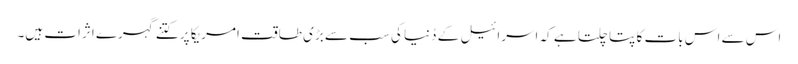
اس سے اس بات کا پتا چلتا ہے کہ اسرائیل کے دُنیا کی سب سے بڑی طاقت امریکا پر کتنے گہرے اثرات ہیں۔